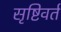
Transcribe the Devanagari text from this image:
सृष्टिवर्त